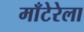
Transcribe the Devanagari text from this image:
माँटेरेला